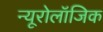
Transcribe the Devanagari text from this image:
न्यूरोलॉजिक